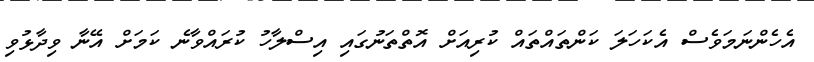
އެހެންނަމަވެސް އެކަހަލަ ކަންތައްތައް ކުރިއަށް އޮތްތަނުގައި އިސްލާހު ކުރައްވާނެ ކަމަށް އޭނާ ވިދާޅުވި